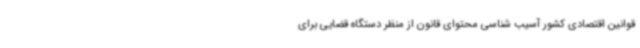
قوانین اقتصادی کشور آسیب شناسی محتوای قانون از منظر دستگاه قضایی برای